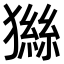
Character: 𤡨